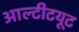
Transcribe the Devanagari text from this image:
आल्टीटयूट